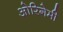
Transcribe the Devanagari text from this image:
ओरिगेमी